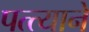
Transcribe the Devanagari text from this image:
पत्त्याने